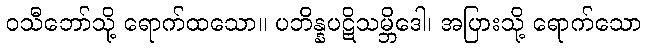
ဝသီဘော်သို့ ရောက်ထသော။ ပဘိန္နပဋိသမ္ဘိဒေါ၊ အပြားသို့ ရောက်သော